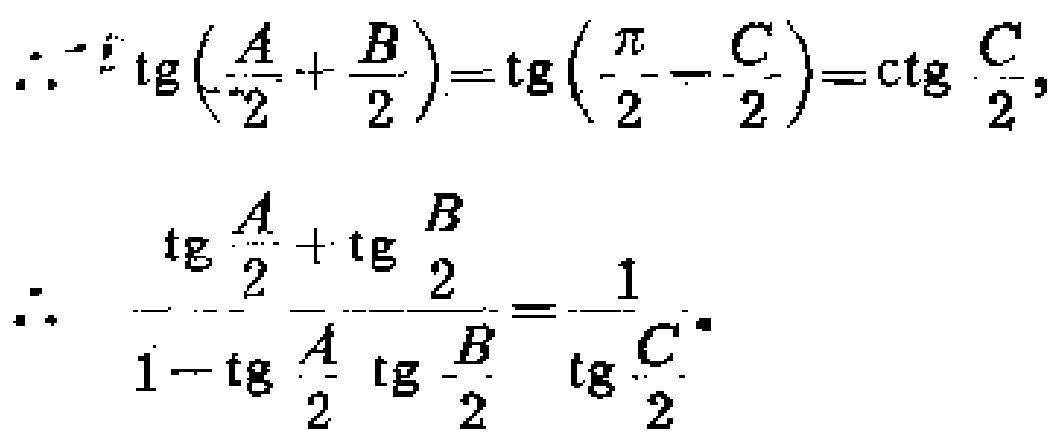
\(\because \tg(\frac{A}{2}+\frac{B}{2})=\tg(\frac{\pi}{2}-\frac{C}{2})=\ctg\frac{C}{2},\)
\(\therefore \frac{\tg\frac{A}{2}+\tg\frac{B}{2}}{1 - \tg\frac{A}{2}\tg\frac{B}{2}}=\frac{1}{\tg\frac{C}{2}}.\)